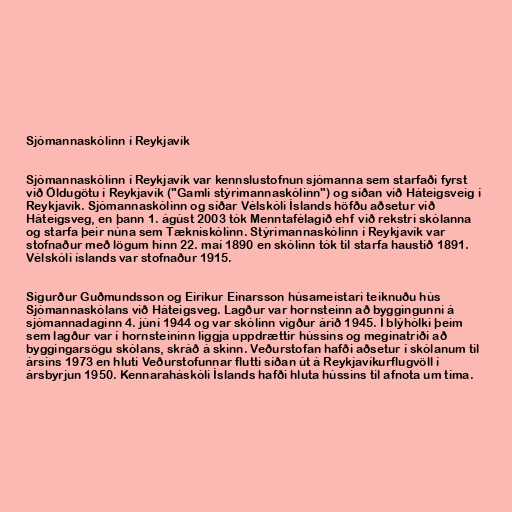
Sjómannaskólinn í Reykjavík

Sjómannaskólinn í Reykjavík var kennslustofnun sjómanna sem starfaði fyrst
við Öldugötu í Reykjavík ("Gamli stýrimannaskólinn") og síðan við Háteigsveig í
Reykjavík. Sjómannaskólinn og síðar Vélskóli Íslands höfðu aðsetur við
Háteigsveg, en þann 1. ágúst 2003 tók Menntafélagið ehf við rekstri skólanna
og starfa þeir núna sem Tækniskólinn. Stýrimannaskólinn í Reykjavík var
stofnaður með lögum hinn 22. maí 1890 en skólinn tók til starfa haustið 1891.
Vélskóli íslands var stofnaður 1915.

Sigurður Guðmundsson og Eiríkur Einarsson húsameistari teiknuðu hús
Sjómannaskólans við Háteigsveg. Lagður var hornsteinn að byggingunni á
sjómannadaginn 4. júní 1944 og var skólinn vígður árið 1945. Í blýhólki þeim
sem lagður var í hornsteininn liggja uppdrættir hússins og meginatriði að
byggingarsögu skólans, skráð á skinn. Veðurstofan hafði aðsetur í skólanum til
ársins 1973 en hluti Veðurstofunnar flutti síðan út á Reykjavíkurflugvöll í
ársbyrjun 1950. Kennaraháskóli Íslands hafði hluta hússins til afnota um tíma.